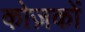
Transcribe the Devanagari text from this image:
कोज़कों